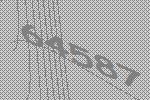
64587